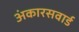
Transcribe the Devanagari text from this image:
अंकारसवार्ड